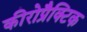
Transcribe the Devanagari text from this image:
कीरोप्रैक्टिक